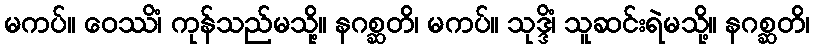
မကပ်။ ဝေဿိံ၊ ကုန်သည်မသို့။ နဂစ္ဆတိ၊ မကပ်။ သုဒ္ဒိံ၊ သူဆင်းရဲမသို့။ နဂစ္ဆတိ၊